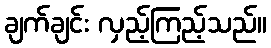
ချက်ချင်း လှည့်ကြည့်သည်။